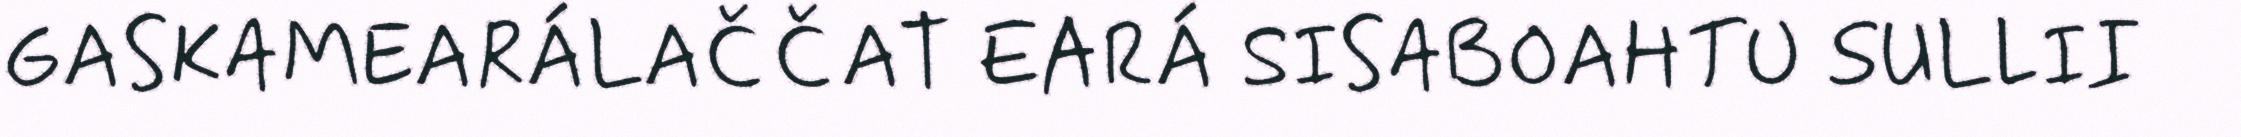
GASKAMEARÁLAČČAT EARÁ SISABOAHTU SULLII